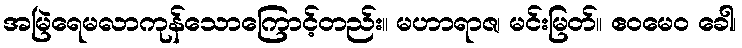
အမြဲရေမလာကုန်သောကြောင့်တည်း။ မဟာရာဇ၊ မင်းမြတ်။ ဧဝမေဝ ခေါ၊